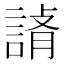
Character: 𧨪